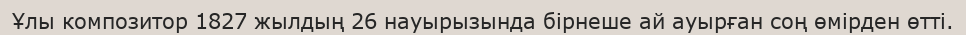
Ұлы композитор 1827 жылдың 26 науырызында бірнеше ай ауырған соң өмірден өтті.